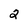
Character: 2